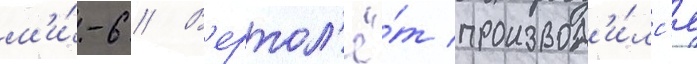
м'и́-6 // В'ертол'ё́т производ'и́лс'я